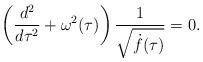
LaTeX: \begin{align*} \left(\frac{d^2}{d\tau^2}+ \omega^2(\tau)\right)\frac{1}{\sqrt{\dot f(\tau)}}=0.\end{align*}